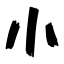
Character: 小